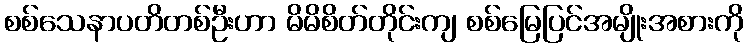
စစ်သေနာပတိတစ်ဦးဟာ မိမိစိတ်တိုင်းကျ စစ်မြေပြင်အမျိုးအစားကို